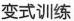
变式训练